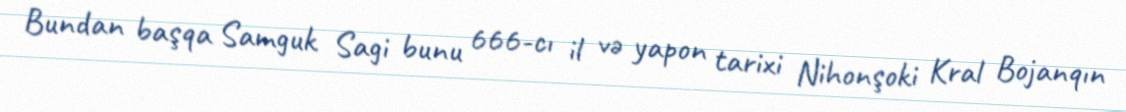
Bundan başqa Samguk Sagi bunu 666-cı il və yapon tarixi Nihonşoki Kral Bojanqın